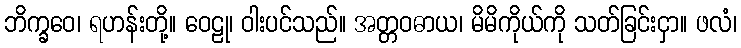
ဘိက္ခဝေ၊ ရဟန်းတို့။ ဝေဠု၊ ဝါးပင်သည်။ အတ္တဝဓာယ၊ မိမိကိုယ်ကို သတ်ခြင်းငှာ။ ဖလံ၊